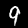
Digit: 9